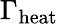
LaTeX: \Gamma_{\mathrm{heat}}